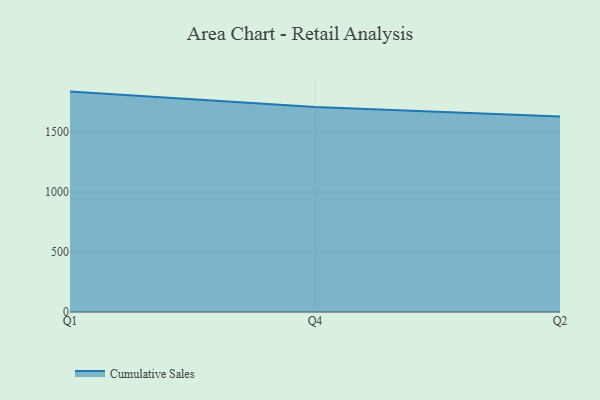
{"axis": {"x": "Quarter", "y": "Website Visitors"}, "legend": ["Cumulative Sales"], "data": [{"x": "Q1", "y": 1838.4, "type": "Cumulative Sales"}, {"x": "Q4", "y": 1710.6, "type": "Cumulative Sales"}, {"x": "Q2", "y": 1631.0, "type": "Cumulative Sales"}]}